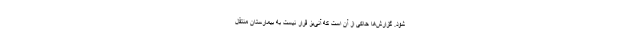
شود. گزارش‌ها حاکی از آن است که آنی‌یز قرار نیست به بیمارستان منتقل